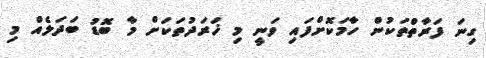
ގިނަ ފަރާތްތަކުން ހާމަކޮށްފައި ވަނީ މި ޚަރަދުތަކަށް މާ ބޮޑު ބަދަލެއް މި